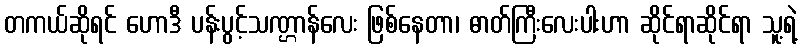
တကယ်ဆိုရင် ဟောဒီ ပန်းပွင့်သဏ္ဌာန်လေး ဖြစ်နေတာ၊ ဓာတ်ကြီးလေးပါးဟာ ဆိုင်ရာဆိုင်ရာ သူ့ရဲ့